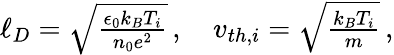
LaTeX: \begin{array}{r}{\ell_{D}=\sqrt{\frac{\epsilon_{0}k_{B}T_{i}}{n_{0}e^{2}}}\, ,\quad v_{th,i}=\sqrt{\frac{k_{B}T_{i}}{m}}\, ,}\end{array}